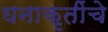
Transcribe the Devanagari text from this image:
घनाकृतींचे